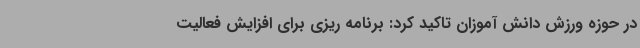
در حوزه ورزش دانش آموزان تاکید کرد: برنامه ریزی برای افزایش فعالیت